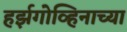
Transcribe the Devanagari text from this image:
हर्झगोव्हिनाच्या